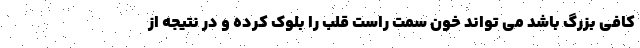
کافی بزرگ باشد می تواند خون سمت راست قلب را بلوک کرده و در نتیجه از